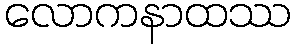
လောကနာထဿ